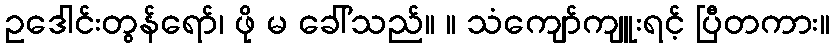
ဥဒေါင်းတွန်ရော်၊ ဖို မ ခေါ်သည်။ ။ သံကျော်ကျူးရင့် ပြီတကား။